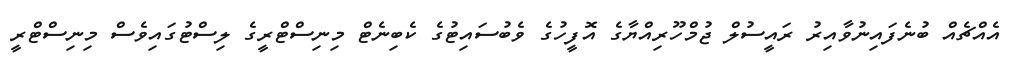
އެއްޗެއް ބުނެފައިނުވާއިރު ރައީސުލް ޖުމްހޫރިއްޔާގެ އޮފީހުގެ ވެބުސައިޓުގެ ކެބިނެޓް މިނިސްޓްރީގެ ލިސްޓުގައިވެސް މިނިސްޓްރީ